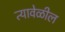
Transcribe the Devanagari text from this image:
त्यावेळील